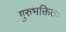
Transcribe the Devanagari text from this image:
गुरुभक्तितः